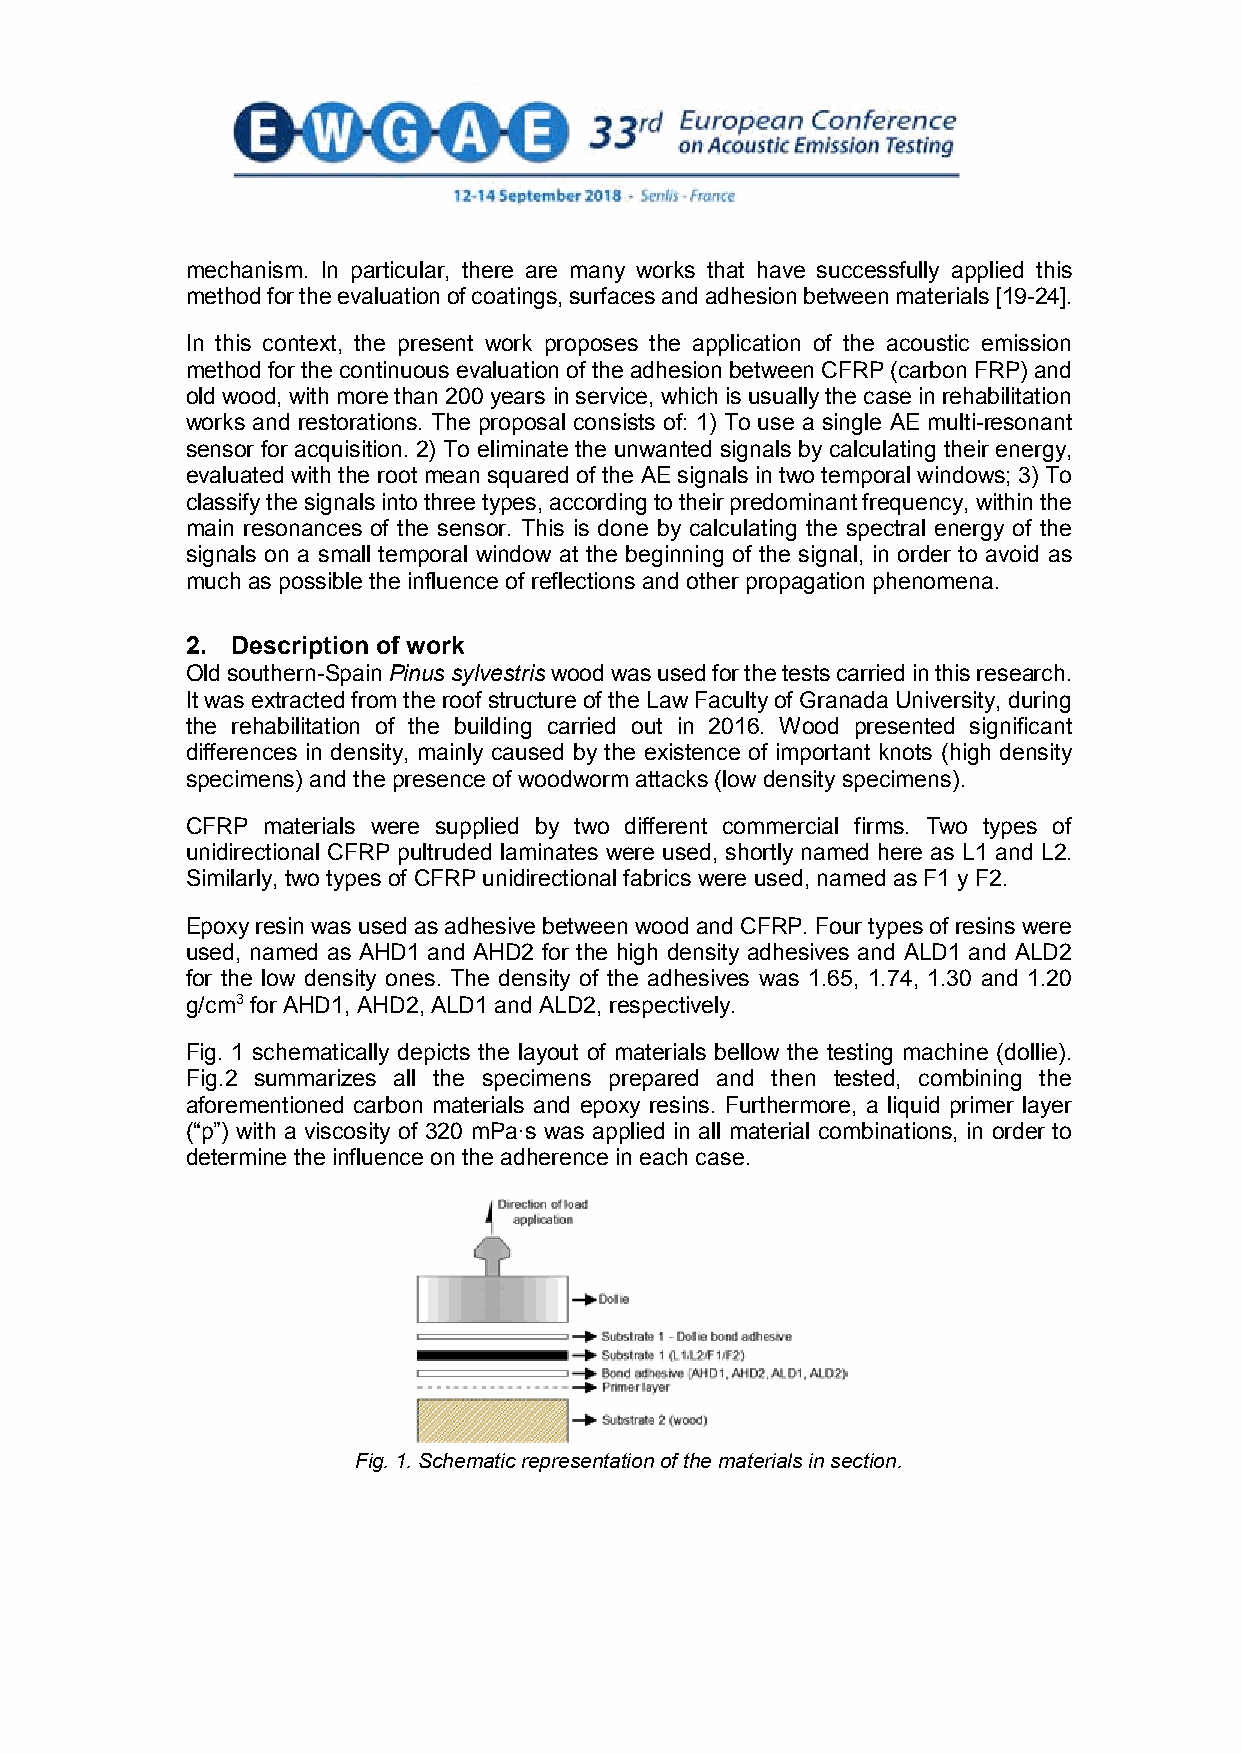
mechanism. In particular, there are many works that have successfully applied this
 method for the evaluation of coatings, surfaces and adhesion between materials [19-24].
 In this context, the present work proposes the application of the acoustic emission
 method for the continuous evaluation of the adhesion between CFRP (carbon FRP) and
 old wood, with more than 200 years in service, which is usually the case in rehabilitation
 works and restorations. The proposal consists of: 1) To use a single AE multi-resonant
 sensor for acquisition. 2) To eliminate the unwanted signals by calculating their energy,
 evaluated with the root mean squared of the AE signals in two temporal windows; 3) To
 classify the signals into three types, according to their predominant frequency, within the
 main resonances of the sensor. This is done by calculating the spectral energy of the
 signals on a small temporal window at the beginning of the signal, in order to avoid as
 much as possible the influence of reflections and other propagation phenomena.
 2. Description of work
 Old southern-Spain Pinus sylvestriswood was used for the tests carried in this research.
 It was extracted from the roof structure of the Law Faculty of Granada University, during
 the rehabilitation of the building carried out in 2016. Wood presented significant
 differences in density, mainly caused by the existence of important knots (high density
 specimens) and the presence of woodworm attacks (low density specimens).
 CFRP materials were supplied by two different commercial firms. Two types of
 unidirectional CFRP pultruded laminates were used, shortly named here as L1 and L2.
 Similarly, two types of CFRP unidirectional fabrics were used, named as F1 y F2.
 Epoxy resin was used as adhesive between wood and CFRP. Four types of resins were
 used, named as AHD1 and AHD2 for the high density adhesives and ALD1 and ALD2
 for the low density ones. The density of the adhesives was 1.65, 1.74, 1.30 and 1.20
 g/cm3for AHD1, AHD2, ALD1 and ALD2, respectively.
 Fig. 1 schematically depicts the layout of materials bellow the testing machine (dollie).
 Fig.2 summarizes all the specimens prepared and then tested, combining the
 aforementioned carbon materials and epoxy resins. Furthermore, a liquid primer layer
 (“p”) with a viscosity of 320 mPa·s was applied in all material combinations, in order to
 determine the influence on the adherence in each case.
 Fig. 1. Schematic representation of the materials in section.
 2